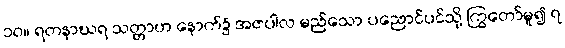
၁၀။ ရတနာဃရ သတ္တာဟ နောက်၌ အဇပါလ မည်သော ပညောင်ပင်သို့ ကြွတော်မူ၍ ၇